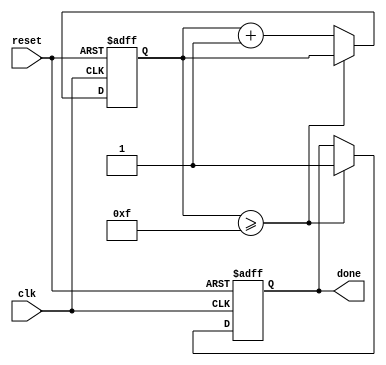
module incremental_for_loop (
    input wire clk,
    input wire reset,
    output wire done
);

reg [7:0] counter;
parameter start_val = 0;
parameter end_val = 15;
parameter step_val = 1;

always @ (posedge clk or posedge reset) begin
    if (reset) begin
        counter <= start_val;
        done <= 0;
    end else if (counter >= end_val) begin
        done <= 1;
    end else begin
        counter <= counter + step_val;
        // Perform loop statements or processes here
    end
end

endmodule